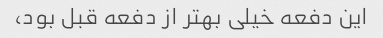
این دفعه خیلی بهتر از دفعه قبل بود،